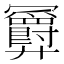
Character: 𪪹